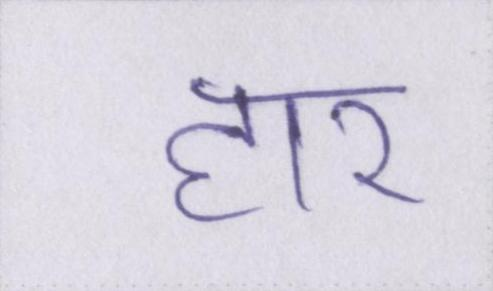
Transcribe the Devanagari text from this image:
हार